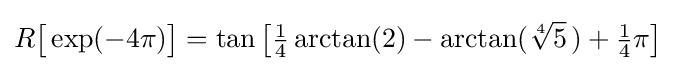
R{\bigl [}\exp(-4\pi ){\bigr ]}=\tan {\bigl [}{\tfrac {1}{4}}\arctan(2)-\arctan({\sqrt[{4}]{5}}\,)+{\tfrac {1}{4}}\pi {\bigr ]}